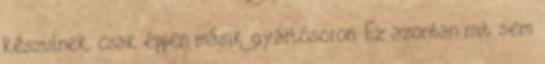
készülnek, csak éppen másik gyártósoron. Ez azonban mit sem